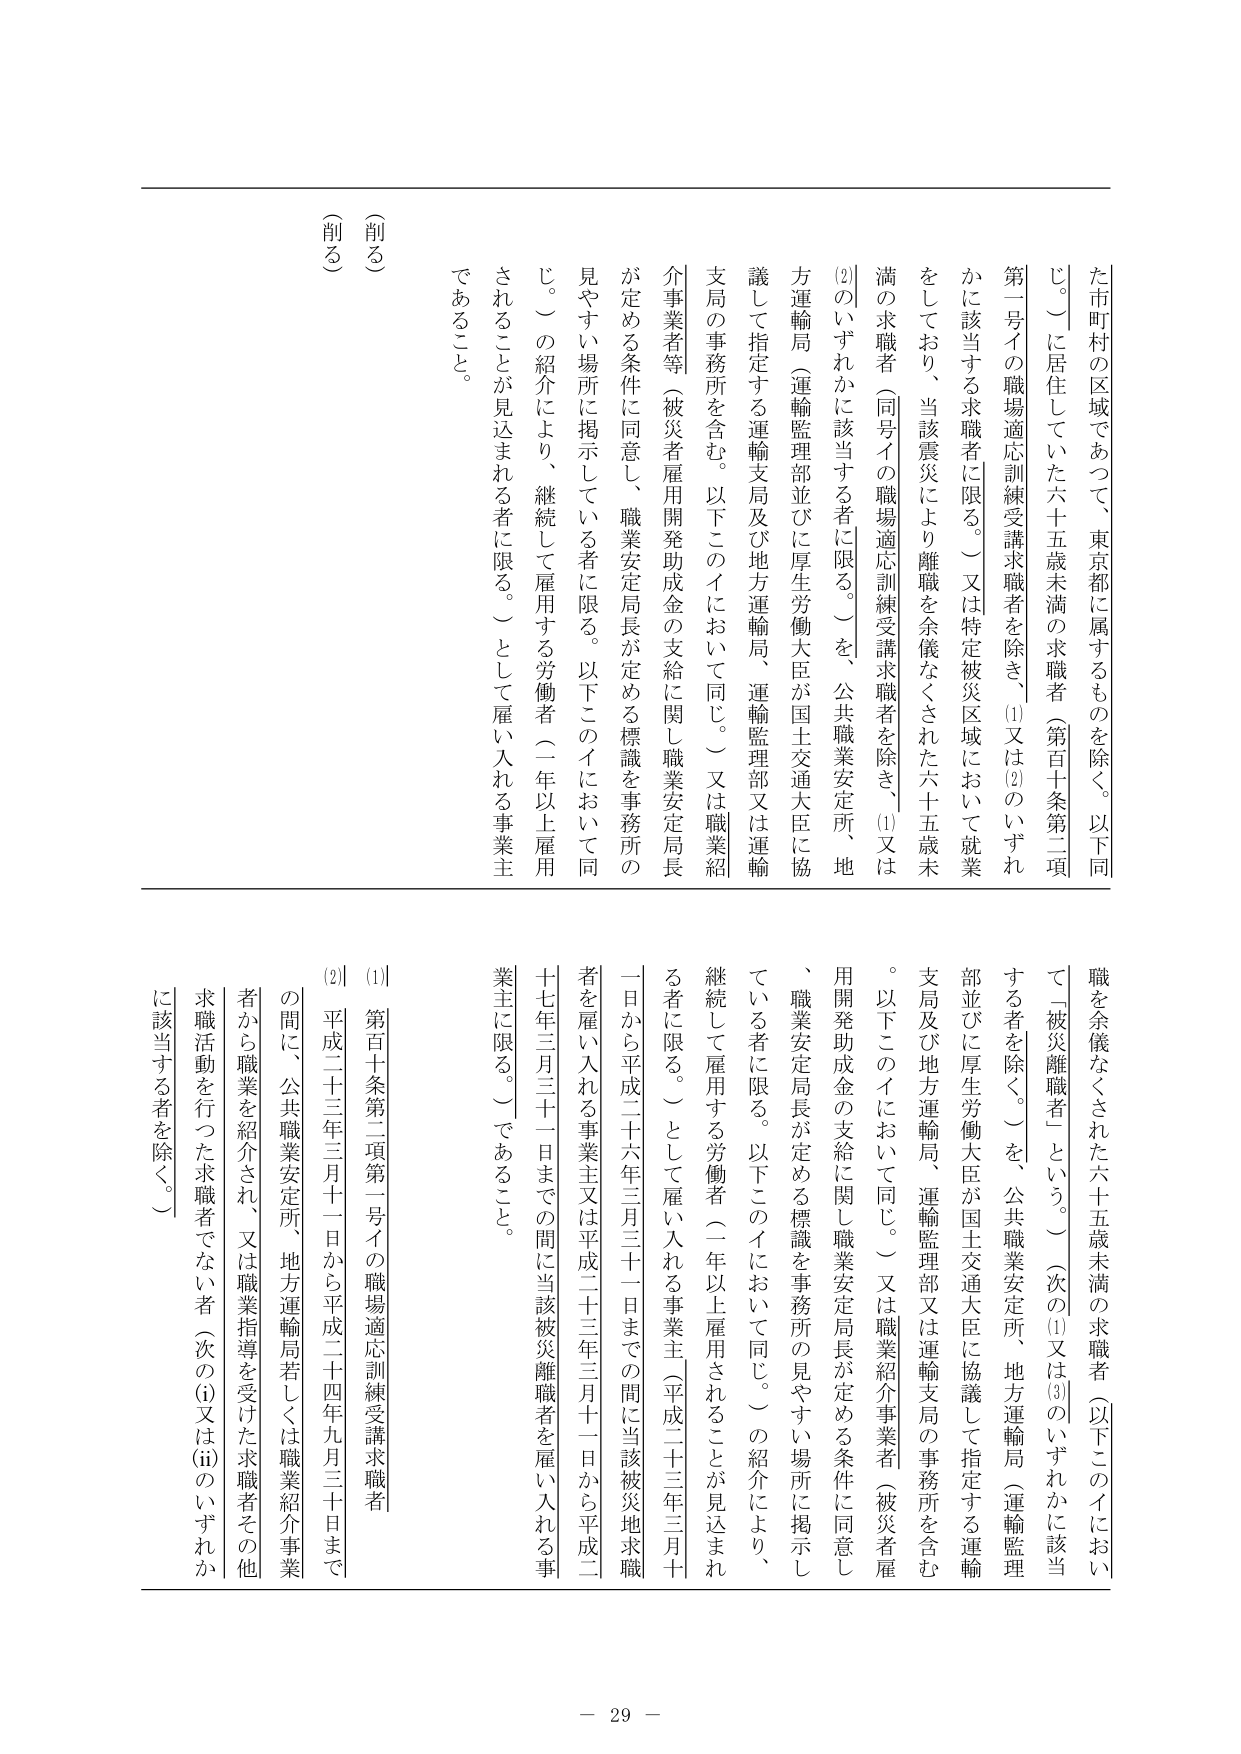
た市町村の区域であつて、東京都に属するものを除く。以下同じ。）に居住していた六十五歳未満の求職者（第百十条第二項第一号イの職場適応訓練受講求職者を除き、(1)又は(2)のいずれかに該当する求職者に限る。）又は特定被災区域において就業をしており、当該震災により離職を余儀なくされた六十五歳未満の求職者（同号イの職場適応訓練受講求職者を除き、(1)又は(2)のいずれかに該当する者に限る。）を、公共職業安定所、地方運輸局（運輸監理部並びに厚生労働大臣が国土交通大臣に協議して指定する運輸支局の事務所を含む。以下このイにおいて同じ。）又は職業紹介事業者等（被災者雇用開発助成金の支給に関し職業安定局長が定める条件に同意し、職業安定局長が定める標識を事務所の見やすい場所に掲示している者に限る。以下このイにおいて同じ。）の紹介により、継続して雇用する労働者（一年以上雇用されることが見込まれる者に限る。）として雇い入れる事業主であること。

（削る）

職を余儀なくされた六十五歳未満の求職者（以下このイにおいて「被災離職者」という。）（次の(1)又は(3)のいずれかに該当する者を除く。）を、公共職業安定所、地方運輸局（運輸監理部並びに厚生労働大臣が国土交通大臣に協議して指定する運輸支局及び地方運輸局、運輸監理部又は運輸支局の事務所を含む。以下このイにおいて同じ。）又は職業紹介事業者（被災者雇用開発助成金の支給に関し職業安定局長が定める条件に同意し、職業安定局長が定める標識を事務所の見やすい場所に掲示している者に限る。以下このイにおいて同じ。）の紹介により、継続して雇用する労働者（一年以上雇用されることが見込まれる者に限る。）として雇い入れる事業主（平成二十三年三月十一日から平成二十六年三月三十一日までの間に当該被災地求職者を雇い入れる事業主又は平成二十三年三月十一日から平成二十七年三月三十一日までの間に当該被災離職者を雇い入れる事業主に限る。）であること。

(1) 第百十条第二項第一号イの職場適応訓練受講求職者

(2) 平成二十三年三月十一日から平成二十四年九月三十日までの間に、公共職業安定所、地方運輸局若しくは職業紹介事業者から職業を紹介され、又は職業指導を受けた求職者その他求職活動を行った求職者でない者（次の(i)又は(ii)のいずれかに該当する者を除く。）

- 29 -